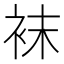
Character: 袜